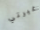
غيرتي